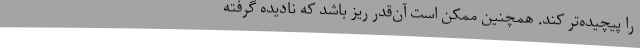
را پیچیده‌تر کند. همچنین ممکن است آن‌قدر ریز باشد که نادیده گرفته